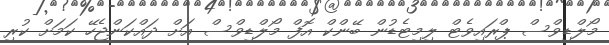
މޯލްޑިވްސް ޕްރައިވެޓް ލިމިޓެޑުން ބޭންކް އޮފް މޯލްޑިވްސް އަށް ދައްކަންޖެހޭ ކަމަށް ކުރި